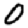
Digit: 0